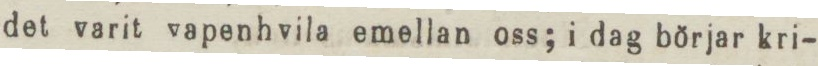
det varit vapenhvilla emellan oss; i dag börjar kri-